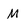
Character: M